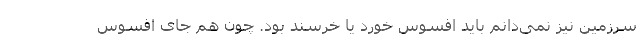
سرزمین نیز نمی‌دانم باید افسوس خورد یا خرسند بود. چون هم جای افسوس